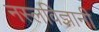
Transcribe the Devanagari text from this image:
नस्लविज्ञानी